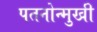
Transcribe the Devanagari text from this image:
पतनोन्मुखी